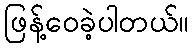
ဖြန့်ဝေခဲ့ပါတယ်။